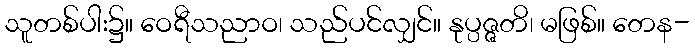
သူတစ်ပါး၌။ ဝေရီသညာဝ၊ သည်ပင်လျှင်။ နုပ္ပဇ္ဇတိ၊ မဖြစ်။ တေန-